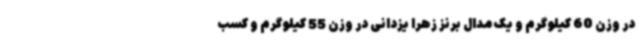
در وزن 60 کیلوگرم و یک مدال برنز زهرا یزدانی در وزن 55 کیلوگرم و کسب